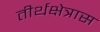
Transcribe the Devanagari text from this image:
तीर्थक्षेत्रास